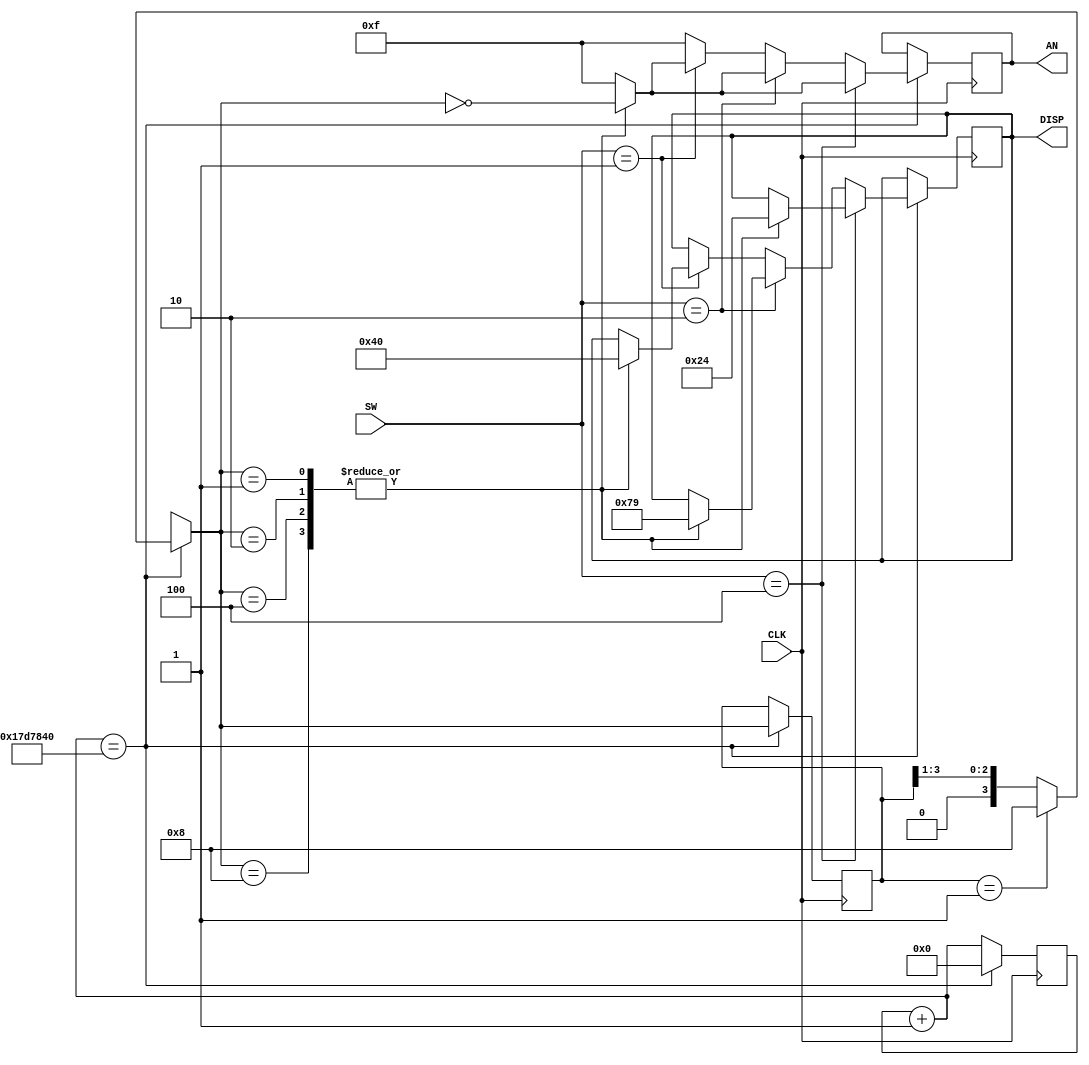
`timescale 1ns / 1ps
//////////////////////////////////////////////////////////////////////////////////
// Company: 
// Engineer: 
// 
// Design Name: 
// Module Name:    display 
// Project Name: 
// Target Devices: 
// Tool versions: 
// Description: 
//
// Dependencies: 
//
// Revision: 
// Revision 0.01 - File Created
// Additional Comments: 
//
//////////////////////////////////////////////////////////////////////////////////
module display(CLK, SW, DISP, AN);
	
	input CLK;
	input [2:0] SW;
	output [6:0] DISP;
	reg [6:0] DISP;
	reg [3:0] CNTR;
	output [3:0] AN;
	reg [3:0] AN;
	reg [24:0] CLKCNTR;
	
	initial CNTR=4'b0001;
	
	always @ (posedge CLK)
	begin
		CLKCNTR=CLKCNTR+1;
		if (CLKCNTR==25000000)
		begin
			CLKCNTR=0;
	
			if(CNTR==4'b0001) CNTR=4'b1000;
			else CNTR=CNTR>>1;
		
			AN=~CNTR;
		
			if(SW==3'b100)
			begin
			
				case(CNTR)
					4'b1000: DISP=7'b0100100;
					4'b0100: DISP=7'b0100100;
					4'b0010: DISP=7'b0100100;
					4'b0001: DISP=7'b0100100;
					default: AN=4'b1111;
				endcase

			end

			else if(SW==3'b010)
			begin
	
				case(CNTR)
					4'b1000: DISP=7'b1111001;
					4'b0100: DISP=7'b1111001;
					4'b0010: DISP=7'b1111001;
					4'b0001: DISP=7'b1111001;
					default: AN=4'b1111;
				endcase

			end
			
			// Add codes here
			
			else if(SW==3'b001)
			begin
	
				case(CNTR)
					4'b1000: DISP=7'b1000000;
					4'b0100: DISP=7'b1000000;
					4'b0010: DISP=7'b1000000;
					4'b0001: DISP=7'b1000000;
					default: AN=4'b1111;
				endcase

			end
			
			else
				AN=4'b1111;
		
		end
	end
	
endmodule